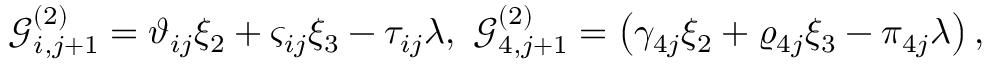
\mathcal { G } _ { i , j + 1 } ^ { ( 2 ) } = \vartheta _ { i j } \xi _ { 2 } + \varsigma _ { i j } \xi _ { 3 } - \tau _ { i j } \lambda , ~ \mathcal { G } _ { 4 , j + 1 } ^ { ( 2 ) } = \left( \gamma _ { 4 j } \xi _ { 2 } + \varrho _ { 4 j } \xi _ { 3 } - \pi _ { 4 j } \lambda \right) ,